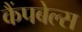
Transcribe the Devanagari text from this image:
कैंपबेल्स